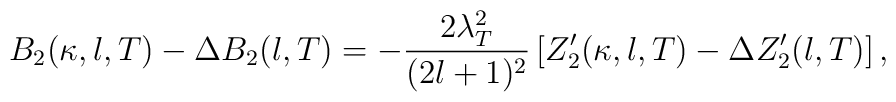
B_2(\kappa, l, T) - \Delta B_2(l,T) = -\frac{2\lambda_T^2}{(2l+1)^2}\left[Z^\prime_2 (\kappa, l, T) - \Delta Z^\prime_2 (l,T)\right],